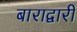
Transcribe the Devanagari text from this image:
बाराद्वारी